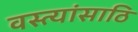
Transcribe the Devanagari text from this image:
वस्त्यांसाठि